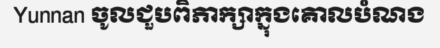
Yunnan ចូលជួបពិភាក្សាក្នុងគោលបំណង